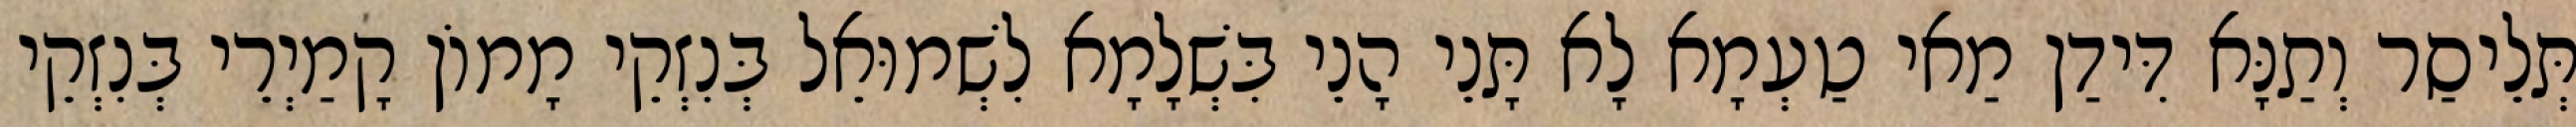
תְּלֵיסַר וְתַנָּא דִּידַן מַאי טַעְמָא לָא תָּנֵי הָנֵי בִּשְׁלָמָא לִשְׁמוּאֵל בְּנִזְקֵי מָמוֹן קָמַיְרֵי בְּנִזְקֵי